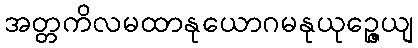
အတ္တကိလမထာနုယောဂမနုယုဉ္ဇေယျ